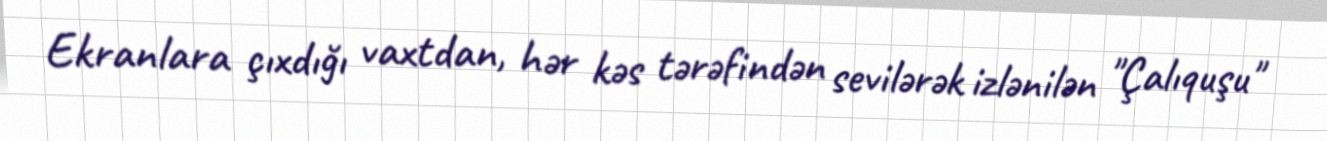
Ekranlara çıxdığı vaxtdan, hər kəs tərəfindən sevilərək izlənilən "Çalıquşu"